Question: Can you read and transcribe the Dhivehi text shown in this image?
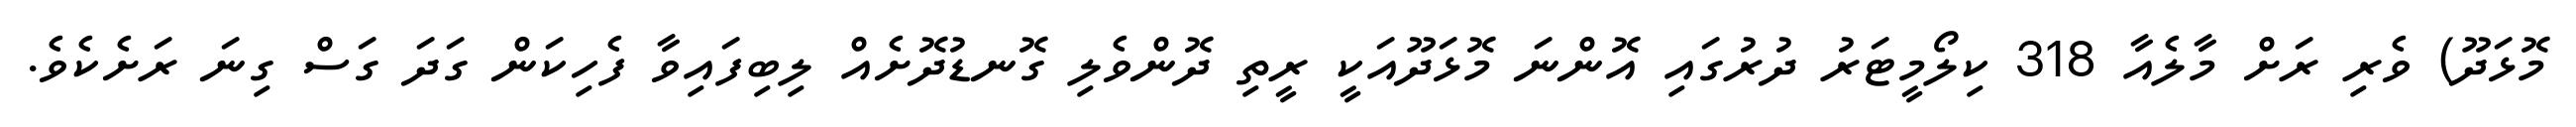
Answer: މޮޅަދޫ) ވެރި ރަށް މާލެއާ 318 ކިލޯމީޓަރު ދުރުގައި އޮންނަ މޮޅަދޫއަކީ ރީތި ދޮންވެލި ގޮނޑުދޮށެއް ލިބިފައިވާ ފެހިކަން ގަދަ ގަސް ގިނަ ރަށެކެވެ.